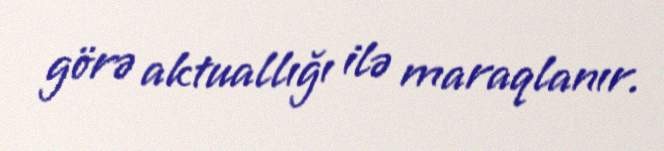
görə aktuallığı ilə maraqlanır.